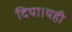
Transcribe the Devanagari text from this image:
दिया।यही